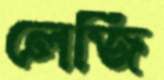
লেজি